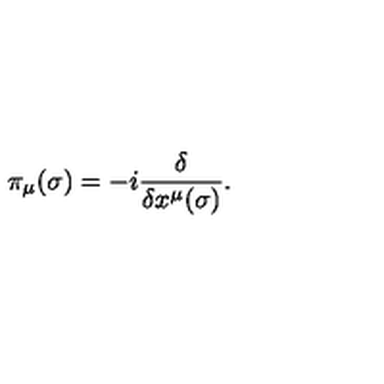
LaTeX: \pi _ { \mu } ( \sigma ) = - i \frac { \delta } { \delta x ^ { \mu } ( \sigma ) } .